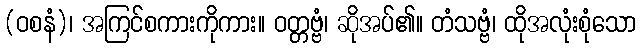
(ဝစနံ)၊ အကြင်စကားကိုကား။ ဝတ္တဗ္ဗံ၊ ဆိုအပ်၏။ တံသဗ္ဗံ၊ ထိုအလုံးစုံသော